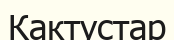
Кактустар